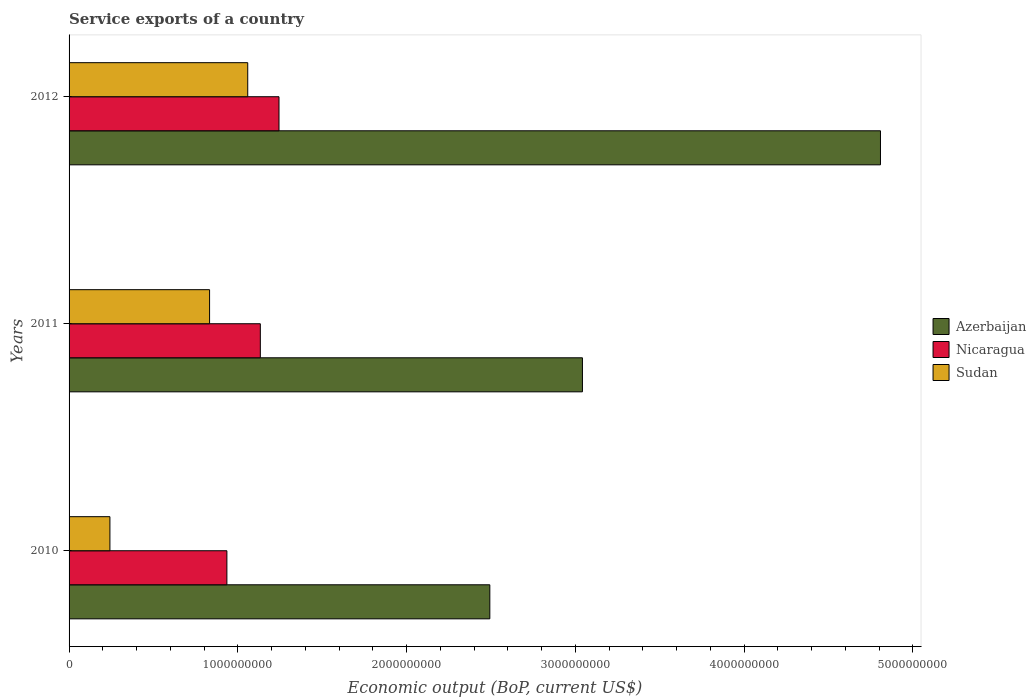
| Years | Azerbaijan | Nicaragua | Sudan |
 | --- | --- | --- | --- |
 | 2010 | 2.49e+09 | 9.35e+08 | 2.42e+08 |
 | 2011 | 3.04e+09 | 1.13e+09 | 8.33e+08 |
 | 2012 | 4.81e+09 | 1.24e+09 | 1.06e+09 |